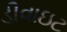
ડીવાઇટ